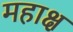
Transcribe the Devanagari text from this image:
महाक्ष